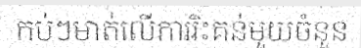
កប់ៗមាត់លើការរិះគន់មួយចំនួន